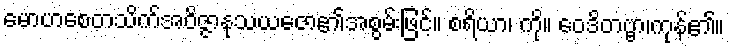
မောဟစေတသိက်အဝိဇ္ဇာနုသယဇော၏အစွမ်းဖြင့်။ စရိယာ၊ ကို။ ဝေဒိတဗ္ဗာ၊ကုန်၏။